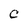
Character: C